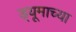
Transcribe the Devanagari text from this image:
ड्यूमाच्या